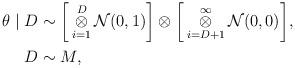
LaTeX: \begin{align*}\theta \mid D & \sim \bigg{[}\mathop{\otimes}_{i=1}^{D}\mathcal{N}(0,1)\bigg{]}\otimes\bigg{[}\mathop{\otimes}_{i=D+1}^{\infty}\mathcal{N}(0,0)\bigg{]}, \\D & \sim M,\end{align*}